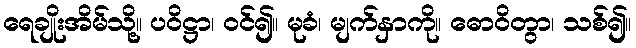
ရေချိုးအိမ်သို့။ ပဝိဋ္ဌာ၊ ဝင်၍။ မုခံ၊ မျက်နှာကို။ ဓောဝိတွာ၊ သစ်၍။